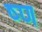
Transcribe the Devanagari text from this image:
ष्ण